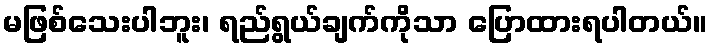
မဖြစ်သေးပါဘူး၊ ရည်ရွယ်ချက်ကိုသာ ပြောထားရပါတယ်။